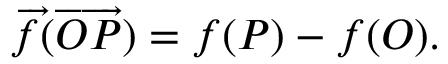
{ \overrightarrow { f } } ( { \overrightarrow { O P } } ) = f ( P ) - f ( O ) .